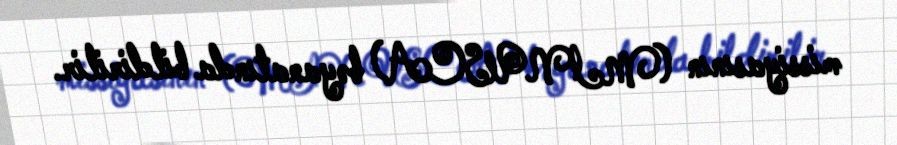
missiyasının (MINUSCA) bəyanatında bildirilir.